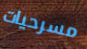
مسرحيات